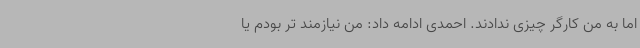
اما به من کارگر چیزی ندادند. احمدی ادامه داد: من نیازمند تر بودم یا